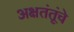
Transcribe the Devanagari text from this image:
अक्षतंतूंचे